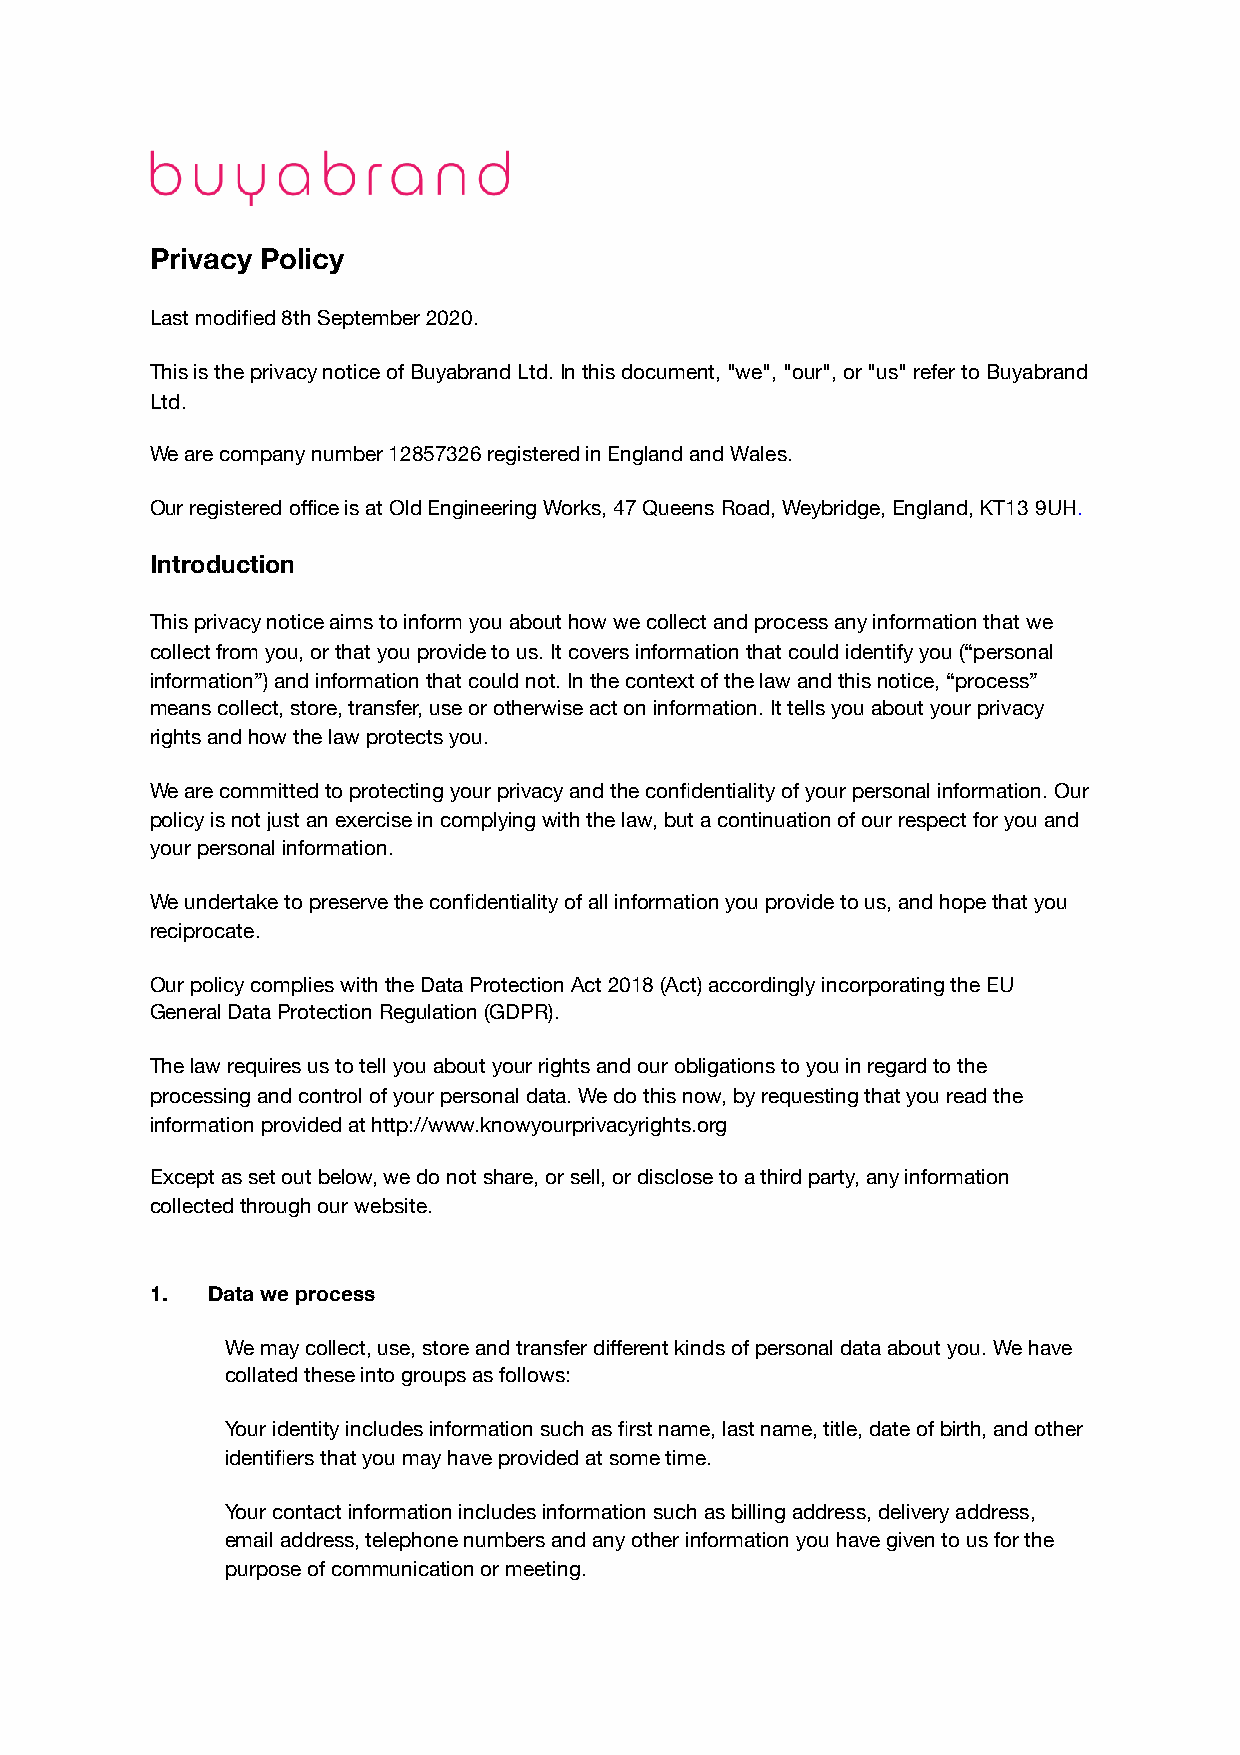
Privacy Policy
 Last modified 8th September 2020.
 This is the privacy notice of Buyabrand Ltd. In this document, "we", "our", or "us" refer to Buyabrand
 Ltd.
 We are company number 12857326 registered in England and Wales.
 Our registered office is at Old Engineering Works, 47 Queens Road, Weybridge, England, KT13 9UH.
 Introduction
 This privacy notice aims to inform you about how we collect and process any information that we
 collect from you, or that you provide to us. It covers information that could identify you (“personal
 information”) and information that could not. In the context of the law and this notice, “process”
 means collect, store, transfer, use or otherwise act on information. It tells you about your privacy
 rights and how the law protects you.
 We are committed to protecting your privacy and the confidentiality of your personal information. Our
 policy is not just an exercise in complying with the law, but a continuation of our respect for you and
 your personal information.
 We undertake to preserve the confidentiality of all information you provide to us, and hope that you
 reciprocate.
 Our policy complies with the Data Protection Act 2018 (Act) accordingly incorporating the EU
 General Data Protection Regulation (GDPR).
 The law requires us to tell you about your rights and our obligations to you in regard to the
 processing and control of your personal data. We do this now, by requesting that you read the
 information provided at http://www.knowyourprivacyrights.org
 Except as set out below, we do not share, or sell, or disclose to a third party, any information
 collected through our website.
 1.  Data we process
 We may collect, use, store and transfer different kinds of personal data about you. We have
 collated these into groups as follows:
 Your identity includes information such as first name, last name, title, date of birth, and other
 identifiers that you may have provided at some time.
 Your contact information includes information such as billing address, delivery address,
 email address, telephone numbers and any other information you have given to us for the
 purpose of communication or meeting.